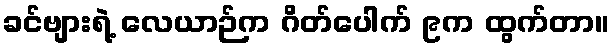
ခင်ဗျားရဲ့ လေယာဉ်က ဂိတ်ပေါက် ၉က ထွက်တာ။